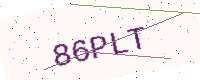
Text: 86PLT